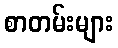
စာတမ်းများ